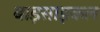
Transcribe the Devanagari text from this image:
बाइसाइकल